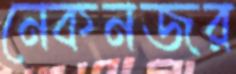
নেকনজর